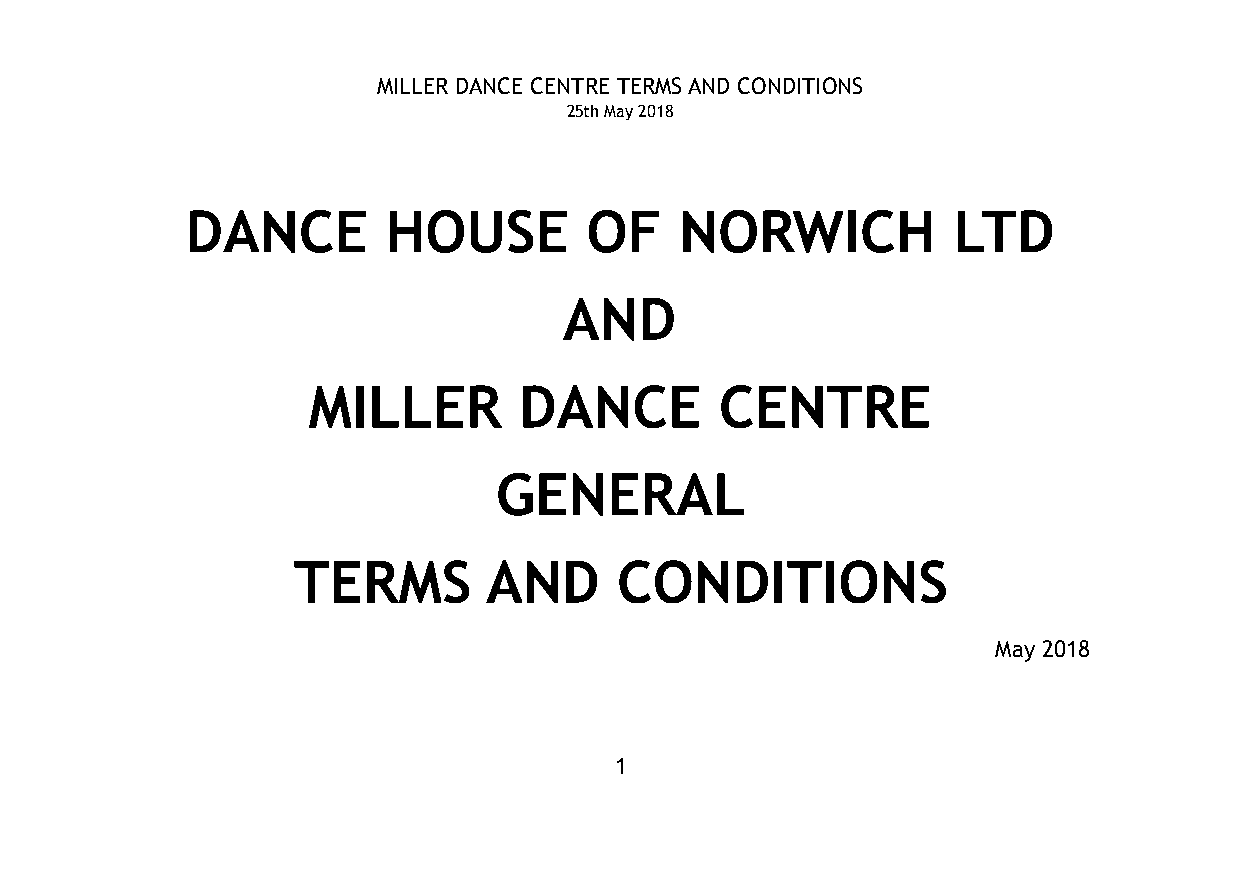
MILLER DANCE CENTRE TERMS AND CONDITIONS
 25th May 2018
 DANCE         HOUSE        OF    NORWICH           LTD
 AND
 MILLER        DANCE         CENTRE
 GENERAL
 TERMS        AND      CONDITIONS
 May 2018
 1